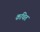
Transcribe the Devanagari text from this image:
कथितं